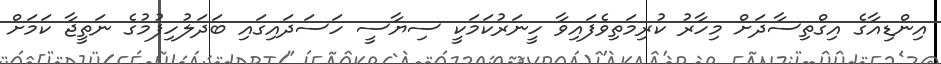
އިންޑިއާގެ އިގްތިސާދަށް މިހާރު ކުރިމަތިވެފައިވާ ހީނަރުކަމަކީ ސިޔާސީ ހަސަދައިގައި ބަދަލުހިފުމުގެ ނަތީޖާ ކަމަށް